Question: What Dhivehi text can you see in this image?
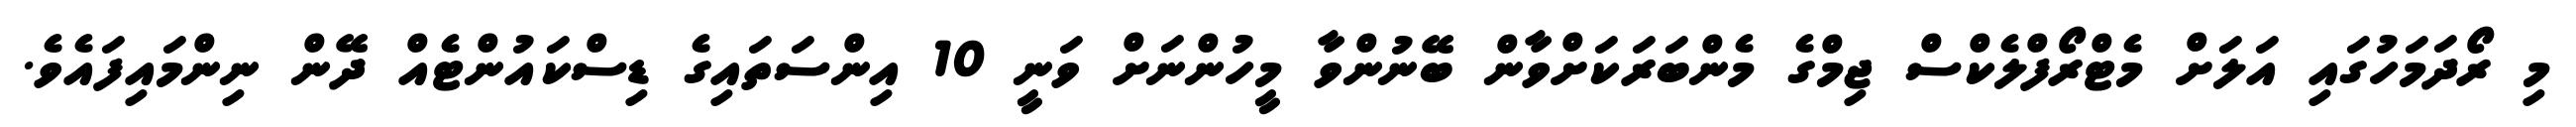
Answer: މި ރޯދަމަހުގައި އަލަށް މެޓްރޯފްލެކްސް ޖިމްގެ މެންބަރަކަށްވާން ބޭނުންވާ މީހުންނަށް ވަނީ 10 އިންސަތައިގެ ޑިސްކައުންޓެއް ދޭން ނިންމައިފައެވެ.